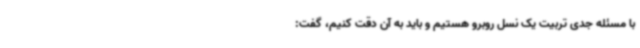
با مسئله جدی تربیت یک نسل روبرو هستیم و باید به آن دقت کنیم، گفت: